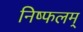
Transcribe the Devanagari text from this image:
निष्फलम्